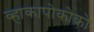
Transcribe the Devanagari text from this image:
व्हाकापोकोको